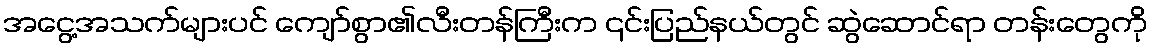
အငွေ့အသက်များပင် ကျော်စွာ၏လီးတန်ကြီးက ၎င်းပြည်နယ်တွင် ဆွဲဆောင်ရာ တန်းတွေကို